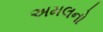
અમલનો